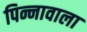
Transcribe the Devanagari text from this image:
पिन्नावाला